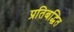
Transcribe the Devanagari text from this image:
प्रतिबद्धित